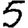
Digit: 5